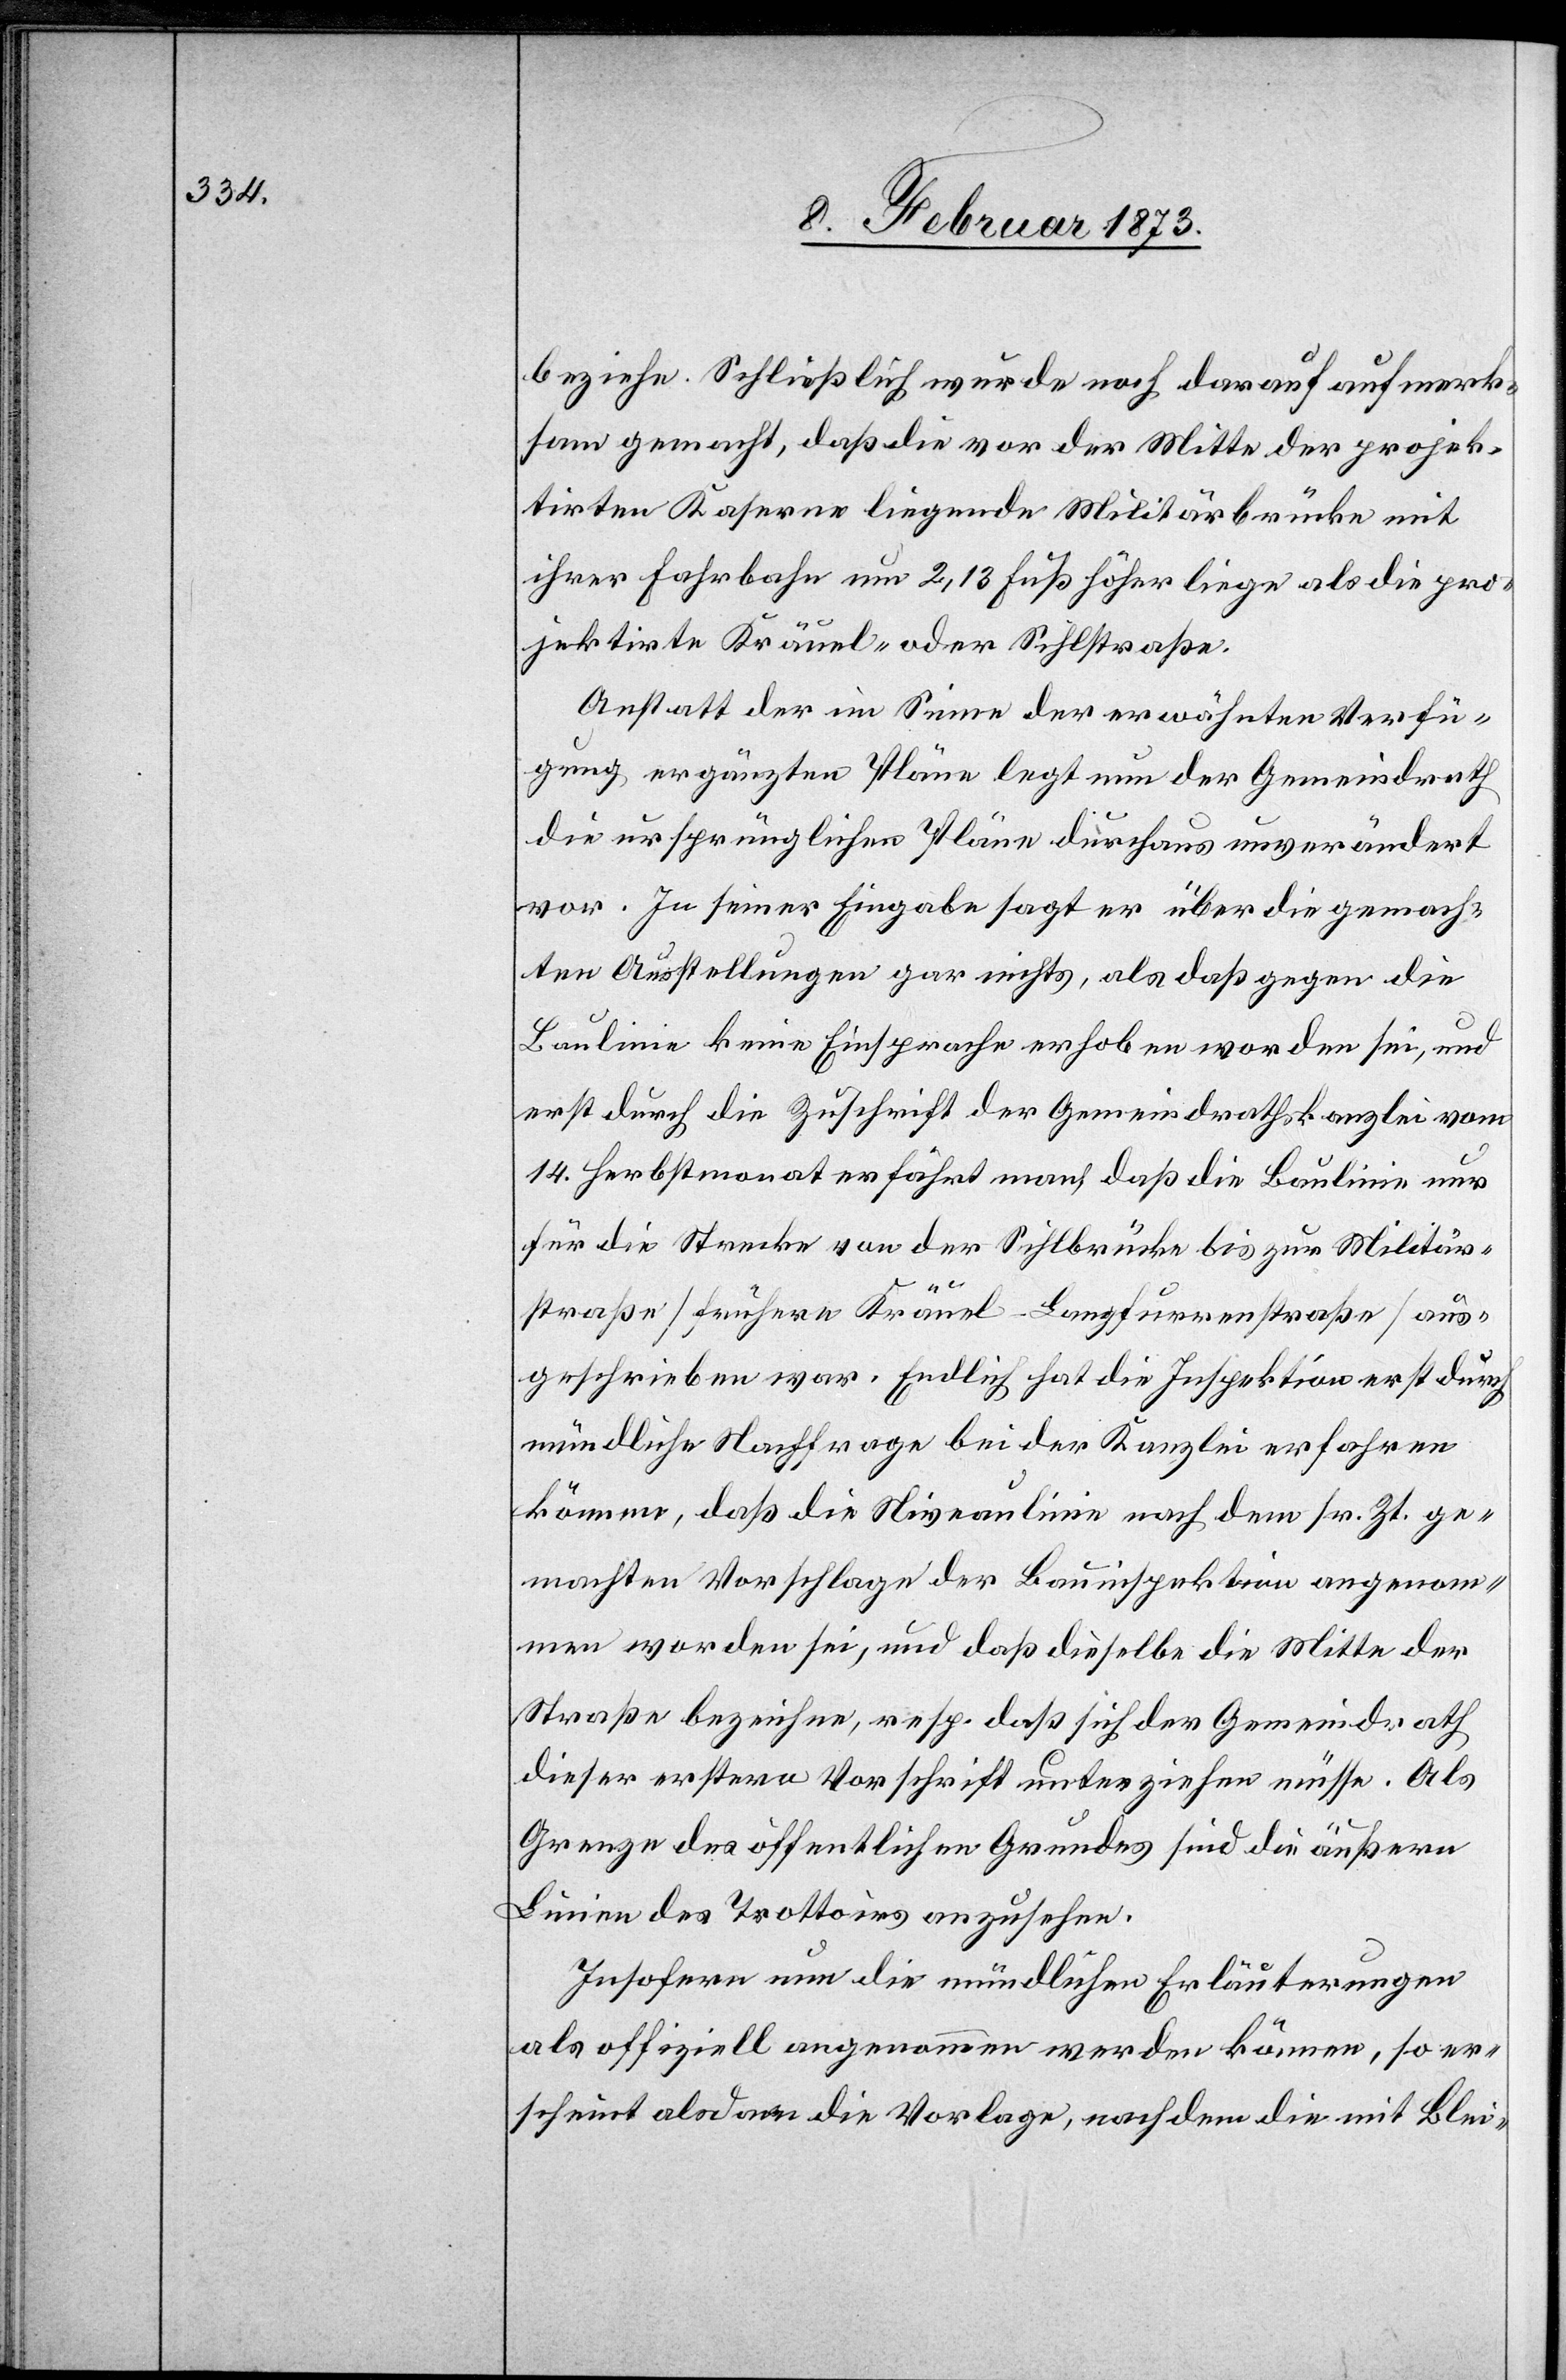
beziehe. Schließlich wurde noch darauf aufmerk¬
sam gemacht, daß die vor der Mitte der projek¬
tierten Kaserne liegende Militärbrücke mit
ihrer Fahrbahn um 2,13 Fuß höher liege als die pro¬
jektirte Kräuel- oder Sihlstraße.
Anstatt der im Sinne der erwähnten Verfü¬
gung ergänzten Pläne legt nun der Gemeindrath
die ursprünglichen Pläne durchaus unverändert
vor. In seiner Eingabe sagt er über die gemach¬
ten Ausstellungen gar nichts, als daß gegen die
Baulinie keine Einsprache erhoben worden sei, und
erst durch die Zuschrift der Gemeindrathskanzlei vom
14. Herbstmonat erfährt man, daß die Baulinie nur
für die Strecke von der Sihlbrücke bis zur Militär¬
straße [frühere Kräuel-Langfurrenstraße] aus¬
geschrieben war. Endlich hat die Inspektion erst durch
mündliche Nachfrage bei der Kanzlei erfahren
können, daß die Niveaulinie nach dem sr. Zt. ge¬
machten Vorschlage der Bauinspektion angenom¬
men worden sei, und daß dieselbe die Mitte der
Straße bezeichne, resp. daß sich der Gemeindrath
dieser ersten Vorschrift unterziehen müsse. Als
Grenze des öffentlichen Grundes sind die äußern
Linien des Trottoirs anzusehen.
Insofern nun die mündlichen Erläuterungen
als offiziell angenommen werden können, so er¬
scheint alsdann die Vorlage, nachdem die mit Blei-